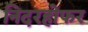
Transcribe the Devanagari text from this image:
निदरहोफर